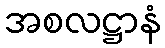
အစလဋ္ဌာနံ